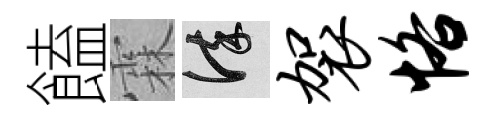
饁霖謹袈恪